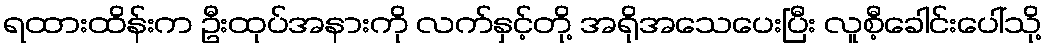
ရထားထိန်းက ဦးထုပ်အနားကို လက်နှင့်တို့ အရိုအသေပေးပြီး လူစီ့ခေါင်းပေါ်သို့